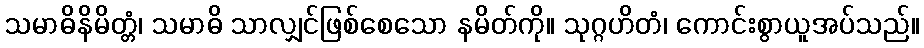
သမာဓိနိမိတ္တံ၊ သမာဓိ သာလျှင်ဖြစ်စေသော နမိတ်ကို။ သုဂ္ဂဟိတံ၊ ကောင်းစွာယူအပ်သည်။